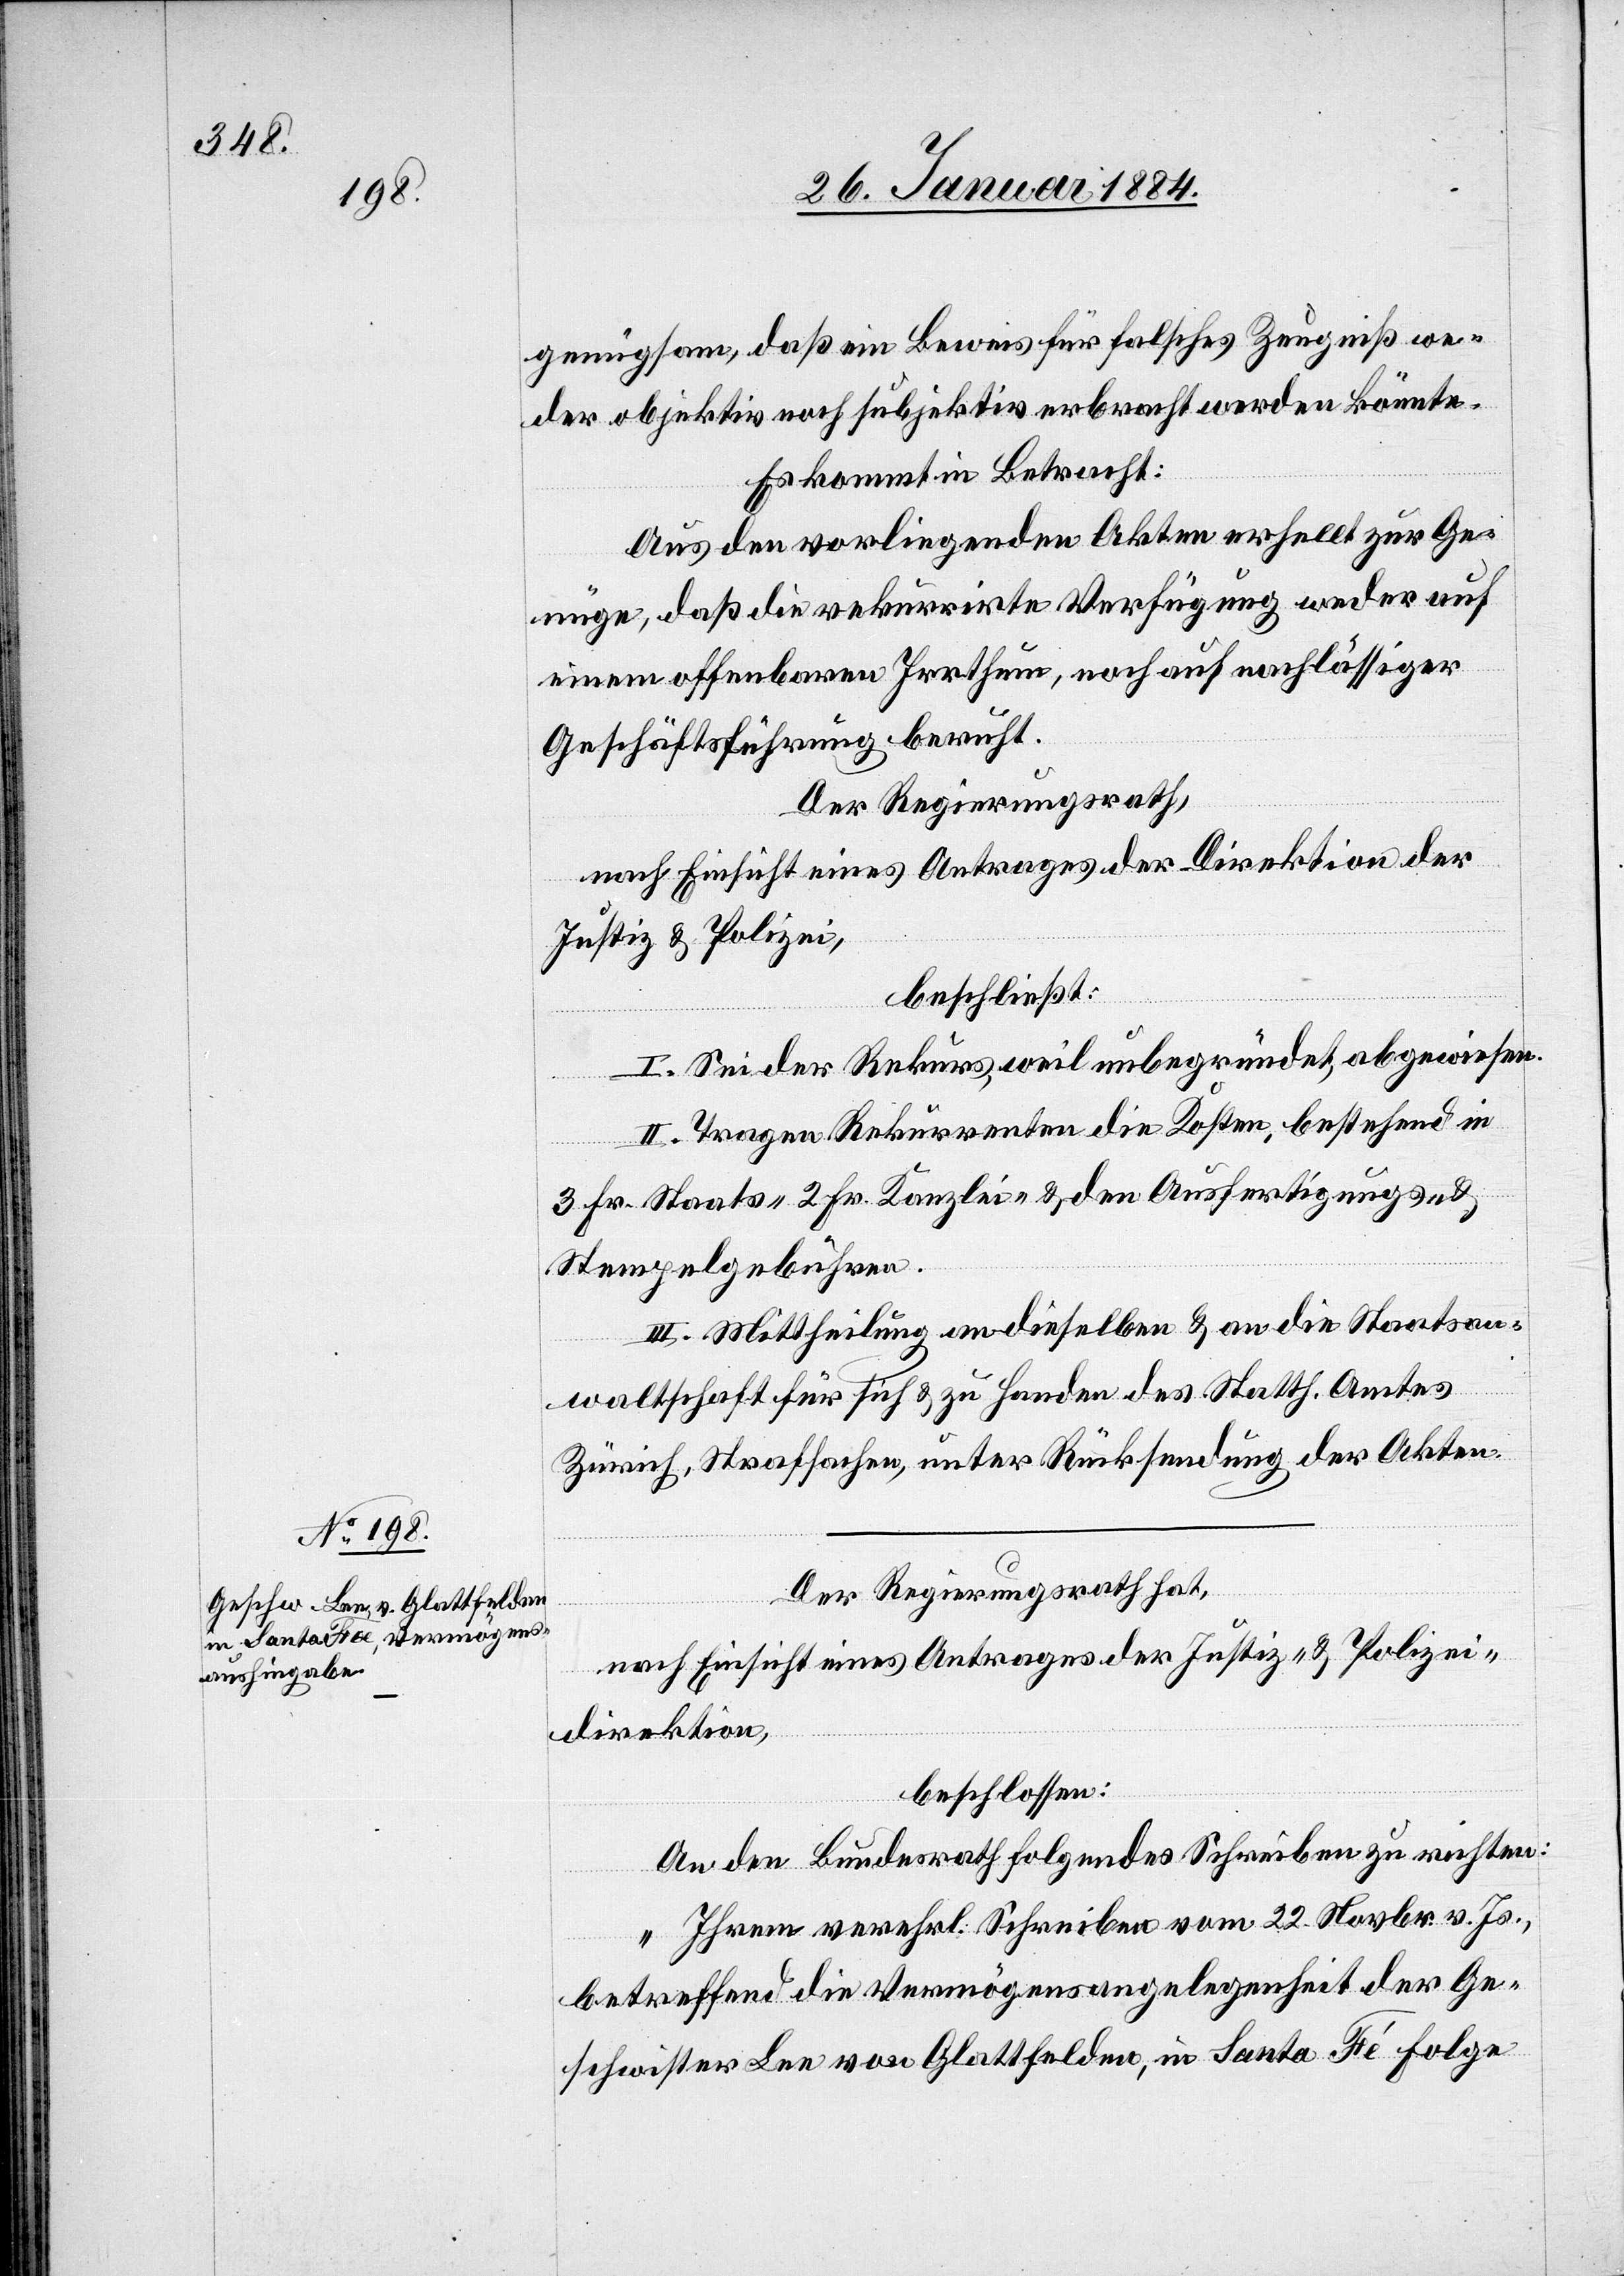
genügsam, daß ein Beweis für falsches Zeugniß we¬
der objektiv noch subjektiv erbracht werden könnte.
Es kommt in Betracht:
Aus den vorliegenden Akten erhellt sich zur Ge¬
nüge, daß die rekurrirte Verfügung weder auf
einem offenbaren Irrthum, noch auf nachlässiger
Geschäftsführung beruht.
Der Regierungsrath,
nach Einsicht eines Antrages der Direktion der
Justiz & Polizei,
beschließt:
I. Sei der Rekurs, weil unbegründet, abgewiesen.
II. Tragen Rekurrenten die Kosten, bestehen in
3 Fr. Staats-, 2 Fr. Kanzlei- & den Ausfertigungs-
Stempelgebühren.
III. Mittheilung an dieselben & an die Staatsan¬
waltschaft für sich & zu Handen des Statth. Amtes
Zürich, Strafsachen, unter Rücksendung der Akten.
Der Regierungsrath hat,
nach Einsicht eines Antrages der Justiz- & Polizei¬
direktion,
beschlossen:
An den Bundesrath folgendes Schreiben zu richten:
„Ihrem verehrl. Schreiben vom 22. Novbr. v. Js.,
betreffend die Vermögensangelegenheit der Ge¬
schwister Lee von Glattfelden, in Santa Fé Folge